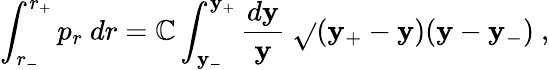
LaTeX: \int_{r_{-}}^{r_{+}}p_{r}\ dr=\mathbb{C}\int_{\mathbf{y}_{-}}^{\mathbf{y}_{+}}{\frac{{d\mathbf{y}}}{{\mathbf{y}}}}\ \sqrt{}{{(\mathbf{y}_{+}-\mathbf{y})(\mathbf{y}-\mathbf{y}_{-})}}\ ,